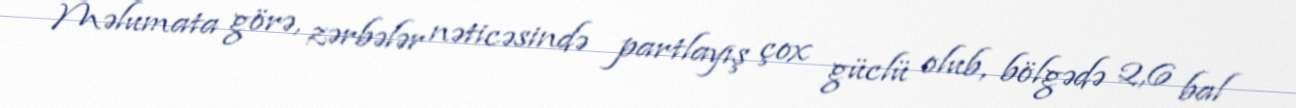
Məlumata görə, zərbələr nəticəsində partlayış çox güclü olub, bölgədə 2,6 bal